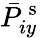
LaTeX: \bar{P}_{iy}^{\mathrm{~s~}}